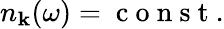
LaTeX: n_{\mathbf k}(\omega)=\mathrm{~c~o~n~s~t~}.